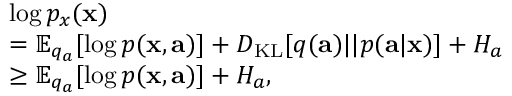
\begin{array} { r l } & { \log p _ { x } ( \mathbf { x } ) } \\ & { = \mathbb { E } _ { q _ { a } } [ \log p ( \mathbf { x } , \mathbf { a } ) ] + D _ { \operatorname { K L } } [ q ( \mathbf { a } ) | | p ( \mathbf { a } | \mathbf { x } ) ] + H _ { a } } \\ & { \geq \mathbb { E } _ { q _ { a } } [ \log p ( \mathbf { x } , \mathbf { a } ) ] + H _ { a } , } \end{array}